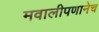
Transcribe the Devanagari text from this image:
मवालीपणानेच